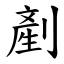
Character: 剷